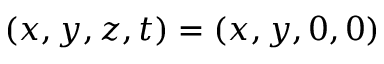
( x , y , z , t ) = ( x , y , 0 , 0 )